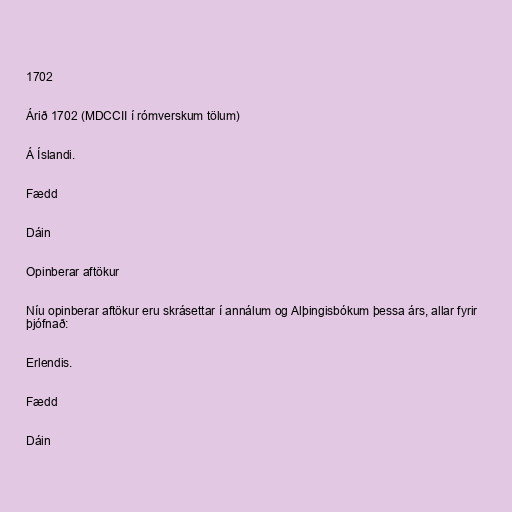
1702

Árið 1702 (MDCCII í rómverskum tölum)

Á Íslandi.

Fædd

Dáin

Opinberar aftökur

Níu opinberar aftökur eru skrásettar í annálum og Alþingisbókum þessa árs, allar fyrir
þjófnað:

Erlendis.

Fædd

Dáin